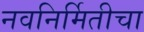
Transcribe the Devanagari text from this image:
नवनिर्मितीचा